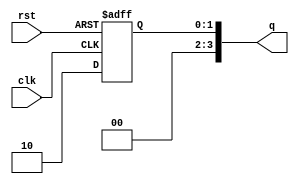
module johnson_counter (
    input wire clk,              // Clock input
    input wire rst,              // Reset input
    output reg [n-1:0] q         // Output state of the counter
);
    
    parameter n = 4;             // Number of flip-flops (you can modify this)
    
    // Initial state
    initial begin
        q = 0;
    end

    // Always block to handle counter behavior
    always @(posedge clk or posedge rst) begin
        if (rst) begin
            q <= 0;              // Reset the counter to 0
        end else begin
            // Update the counter with feedback mechanism
            q <= { ~q[n-1], q[n-1:n-1] }; // Shift right and feedback inverted last Q
        end
    end

endmodule